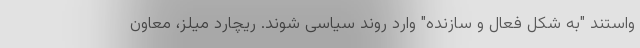
واستند "به شکل فعال و سازنده" وارد روند سیاسی شوند. ریچارد میلز، معاون